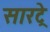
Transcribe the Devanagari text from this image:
सारट्रे